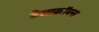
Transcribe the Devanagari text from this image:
डेलाक्रॉक्स